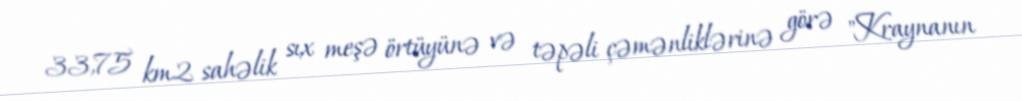
33,75 km2 sahəlik sıx meşə örtüyünə və təpəli çəmənliklərinə görə "Kraynanın